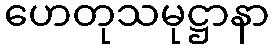
ဟေတုသမုဋ္ဌာနာ